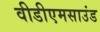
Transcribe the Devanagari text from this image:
वीडीएमसाउंड